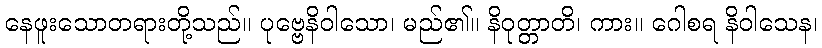
နေဖူးသောတရားတို့သည်။ ပုဗ္ဗေနိဝါသော၊ မည်၏။ နိဝုတ္တာတိ၊ ကား။ ဂေါစရ နိဝါသေန၊